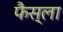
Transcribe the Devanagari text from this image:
फैस्ला